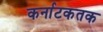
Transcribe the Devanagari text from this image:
कर्नाटकतक